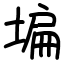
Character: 𡎚